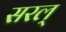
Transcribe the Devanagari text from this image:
सरल्